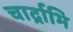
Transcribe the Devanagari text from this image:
चार्द्राभि